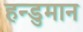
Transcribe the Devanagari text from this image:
हन्डुमान